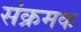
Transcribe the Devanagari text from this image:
संक्रमक